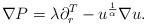
LaTeX: \begin{align*}\nabla P=\lambda\partial_{r}^{T}-u^{\frac{1}{\alpha}}\nabla u.\end{align*}